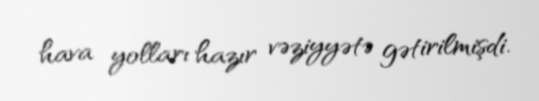
hava yolları hazır vəziyyətə gətirilmişdi.